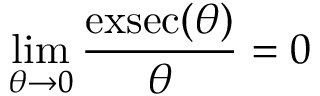
\operatorname* { l i m } _ { \theta \to 0 } { \frac { \operatorname { e x s e c } ( \theta ) } { \theta } } = 0